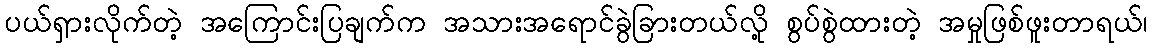
ပယ်ရှားလိုက်တဲ့ အကြောင်းပြချက်က အသားအရောင်ခွဲခြားတယ်လို့ စွပ်စွဲထားတဲ့ အမှုဖြစ်ဖူးတာရယ်၊